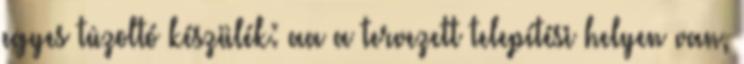
egyes tûzoltó készülék: aa a tervezett telepítési helyen van,